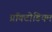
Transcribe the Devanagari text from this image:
प्रॉक्टोडियम